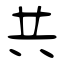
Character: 共